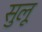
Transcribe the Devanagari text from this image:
सुलू